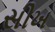
સીખ